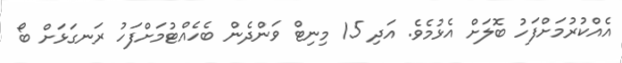
އެއްކުރުމަށްފަހު ބޮލަށް އެޅުމެވެ. އަދި 15 މިނިޓް ވަންދެން ބެހެއްޓުމަށްފަހު ރަނގަޅަށް ބޯ